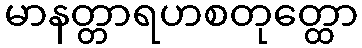
မာနတ္တာရဟစတုတ္ထော